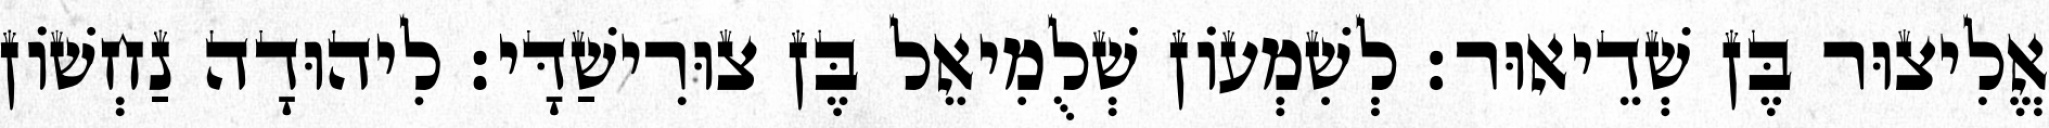
אֱלִיצוּר בֶּן שְׁדֵיאוּר׃ לְשִׁמְעוֹן שְׁלֻמִיאֵל בֶּן צוּרִישַׁדָּי׃ לִיהוּדָה נַחְשׁוֹן